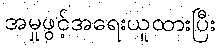
အမှုဖွင့်အရေးယူထားပြီး